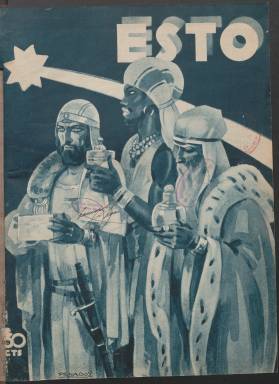
Título: Esto (Madrid)
Colección: Revistas de información general
Ámbito geográfico: Madrid
Lugar de publicación: Madrid
Fechas: 04/01/1934-30/05/1936